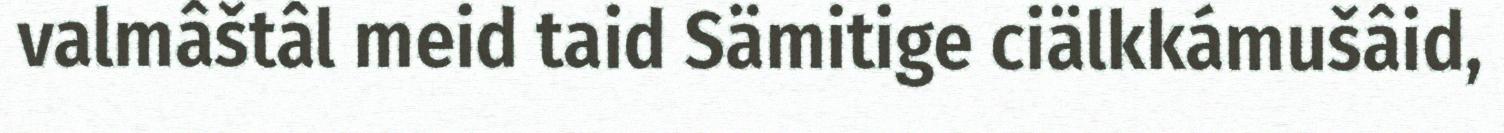
valmâštâl meid taid Sämitige ciälkkámušâid,